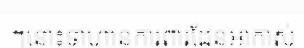
ៗនោះទាហានការពារដែនអាកាស់